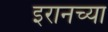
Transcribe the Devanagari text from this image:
इरानच्या